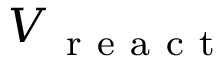
V _ { \mathrm { ~ r ~ e ~ a ~ c ~ t ~ } }